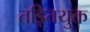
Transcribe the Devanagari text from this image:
तड़ितयुक्त